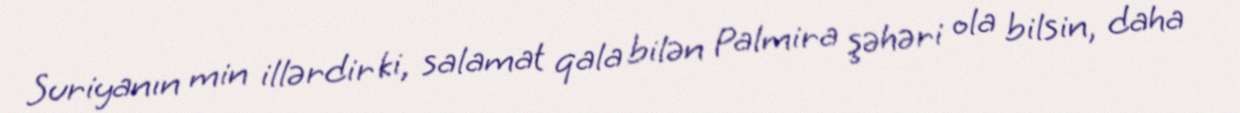
Suriyanın min illərdir ki, salamat qala bilən Palmira şəhəri ola bilsin, daha